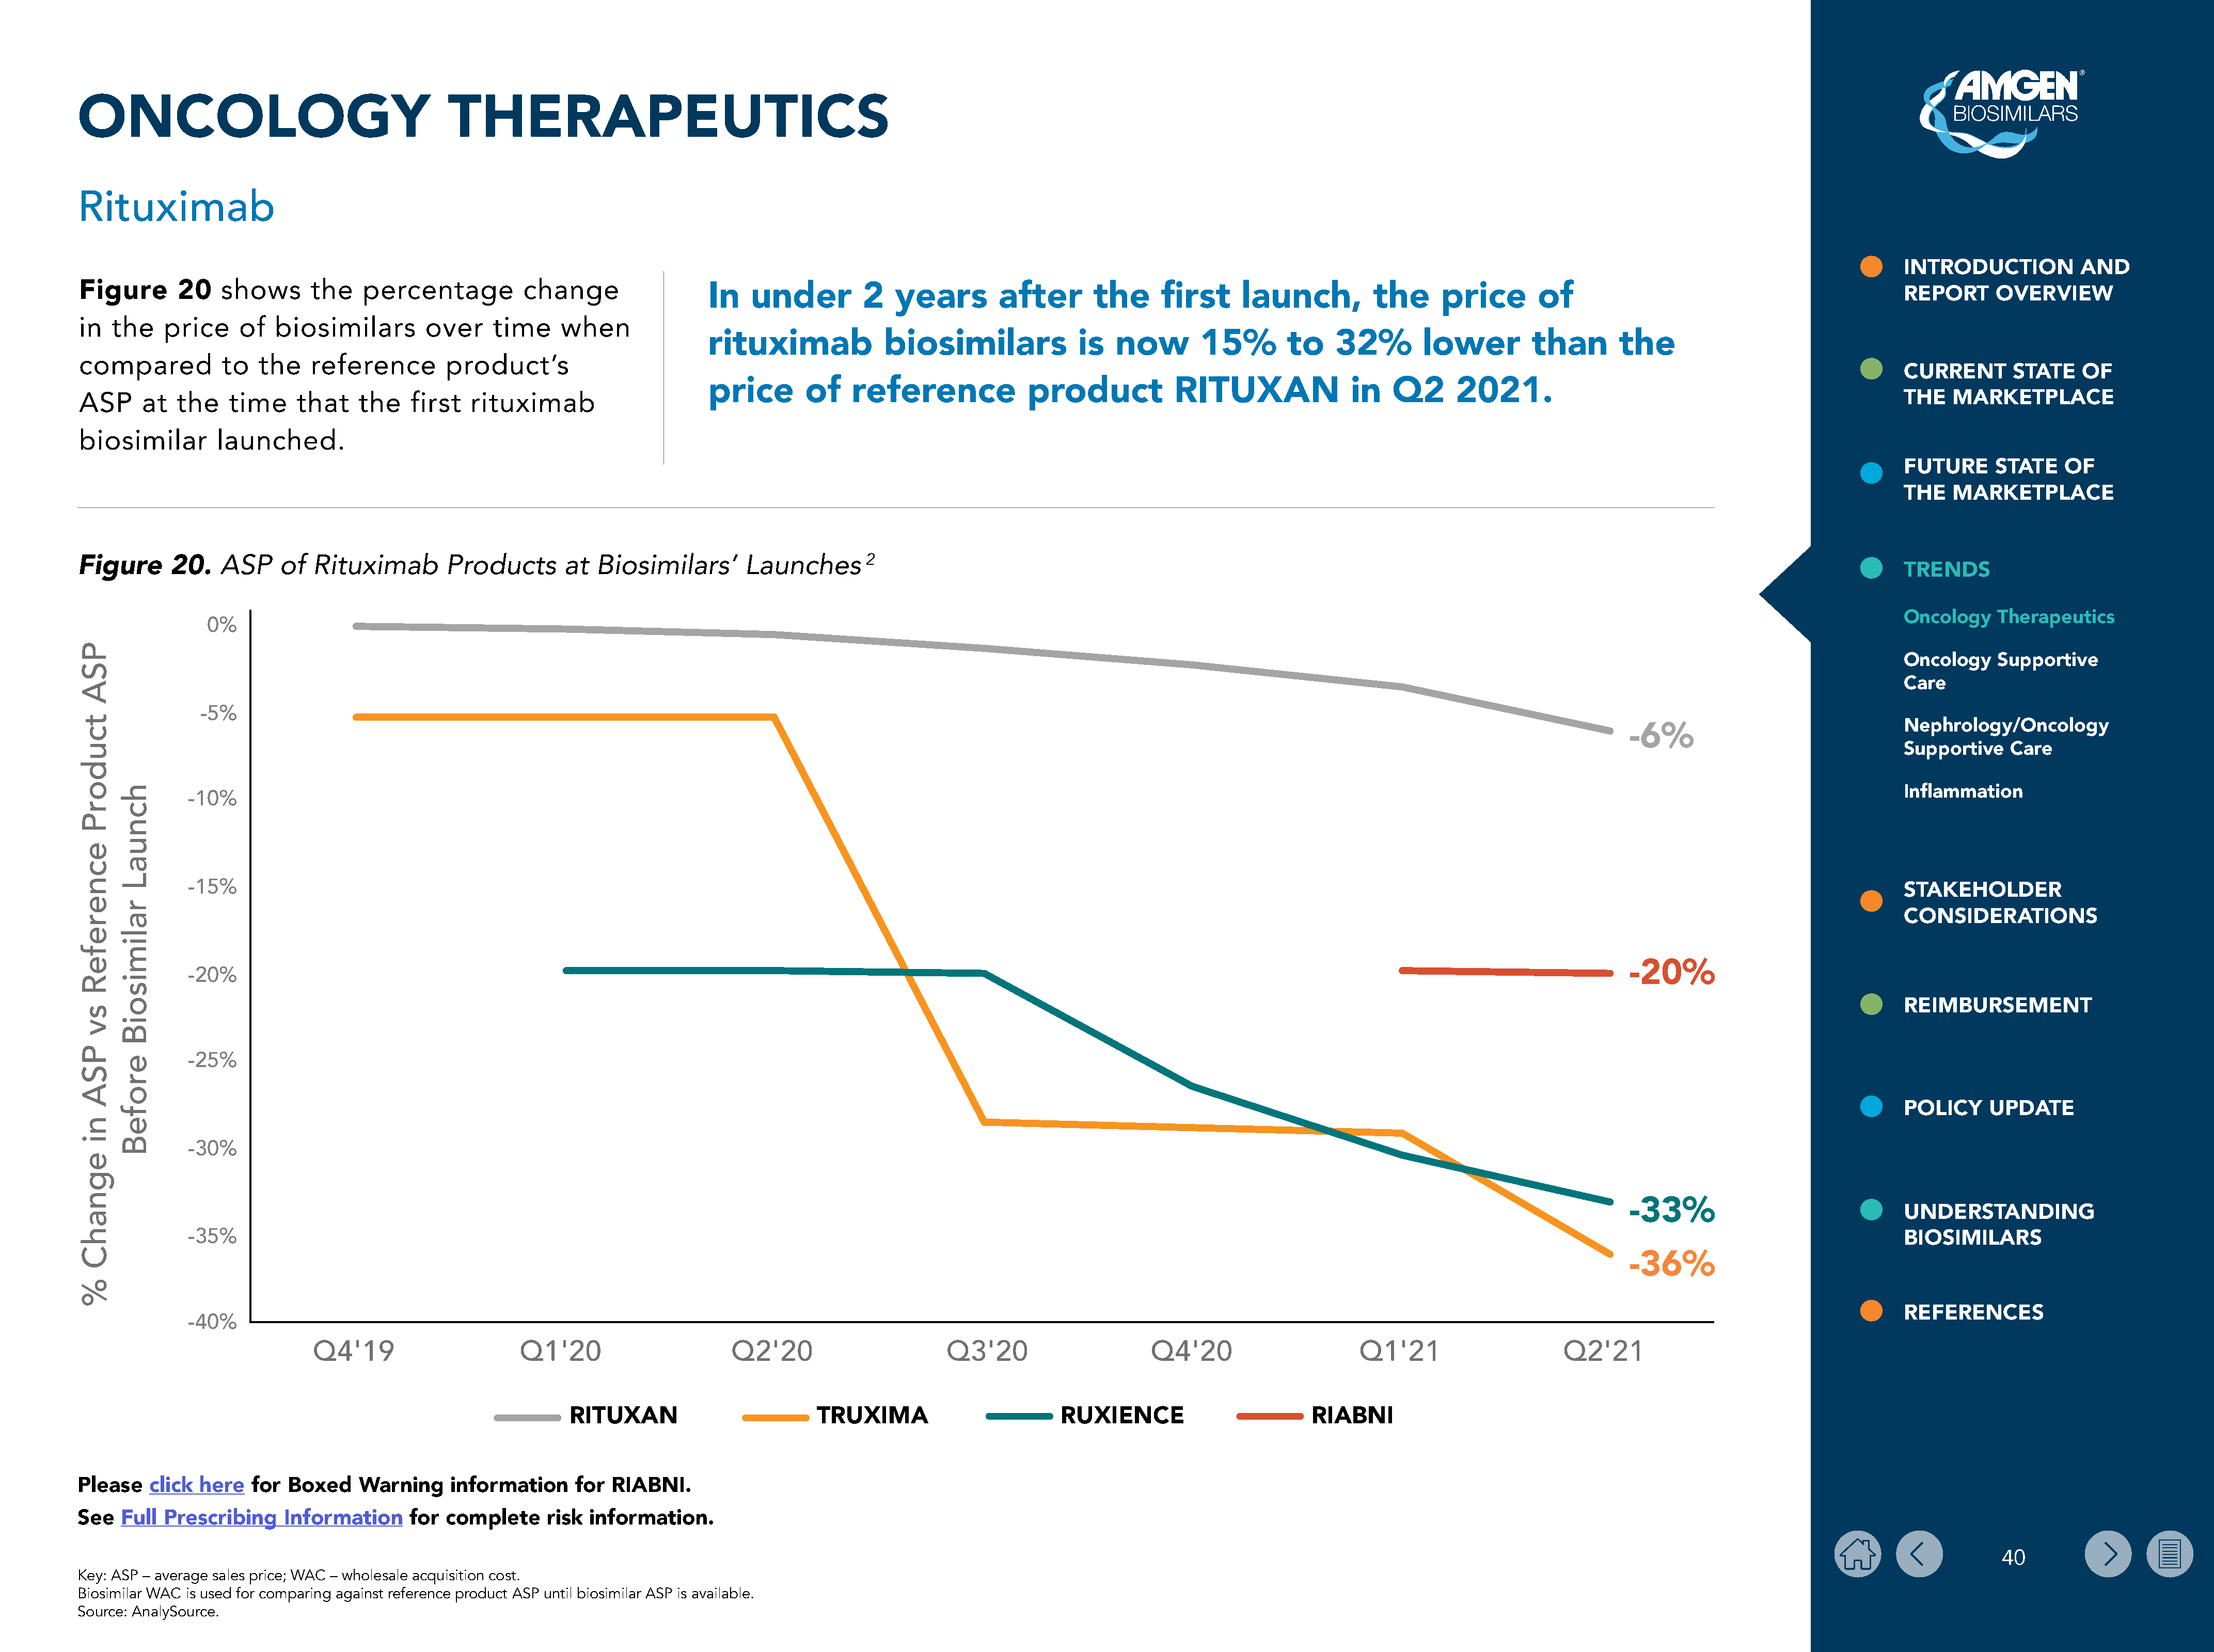
ONCOLOGY                                       THERAPEUTICS
 Rituximab
 INTRODUCTION           AND
 Figure       20   shows       the   percentage           change
 In   under          2   years        after       the      first     launch,          the      price       of                                             REPORT      OVERVIEW
 in  the    price     of  biosimilars         over    time     when
 rituximab             biosimilars              is   now        15%        to    32%        lower         than        the
 compared          to   the    reference        product’s
 CURRENT       STATE    OF
 price       of    reference              product            RITUXAN               in   Q2       2021.
 ASP     at   the   time     that    the    first  rituximab                                                                                                                                                                               THE   MARKETPLACE
 biosimilar        launched.
 FUTURE      STATE    OF
 THE   MARKETPLACE
 ASP     of  Rituximab        Products       at  Biosimilars’       Launches        2
 Figure      20.
 TRENDS
 Oncology    Therapeutics
 0%
 Oncology    Supportive
 Care
 -5%
 -6%                                Nephrology/Oncology
 Supportive    Care
 -10%                                                                                                                                                                                                                        Inflammation
 -15%
 STAKEHOLDER
 CONSIDERATIONS
 -20%
 -20%
 REIMBURSEMENT
 -25%
 POLICY     UPDATE
 -30%
 -33%
 UNDERSTANDING
 -35%
 BIOSIMILARS
 -36%
 REFERENCES
 -40%
 Q4'19                      Q1'20                      Q2'20                      Q3'20                      Q4'20                     Q1'21                     Q2'21
 RITUXAN                         TRUXIMA                        RUXIENCE                        RIABNI
 Please   click  here  for  Boxed    Warning     information     for RIABNI.
 See  Full  Prescribing    Information     for  complete     risk  information.
 40
 Key: ASP – average sales price; WAC – wholesale acquisition cost.
 Biosimilar WAC is used for comparing against reference product ASP until biosimilar ASP is available.
 Source: AnalySource.
 PSA
 tcudorP
 ecnerefeR
 sv
 PSA
 ni
 egnahC
 %
 hcnuaL
 ralimisoiB
 erofeB